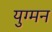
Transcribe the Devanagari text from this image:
युग्‍मन